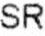
SR